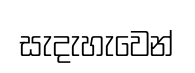
සැදැහැවෙන්